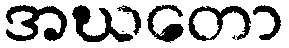
အဃတော